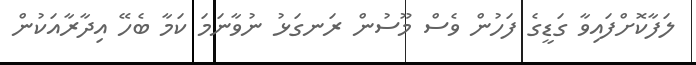
ލަފާކޮށްފައިވާ ގަޑީގެ ފަހުން ވެސް މޫސުން ރަނގަޅު ނުވާނަމަ ކަމާ ބެހޭ އިދާރާއަކުން